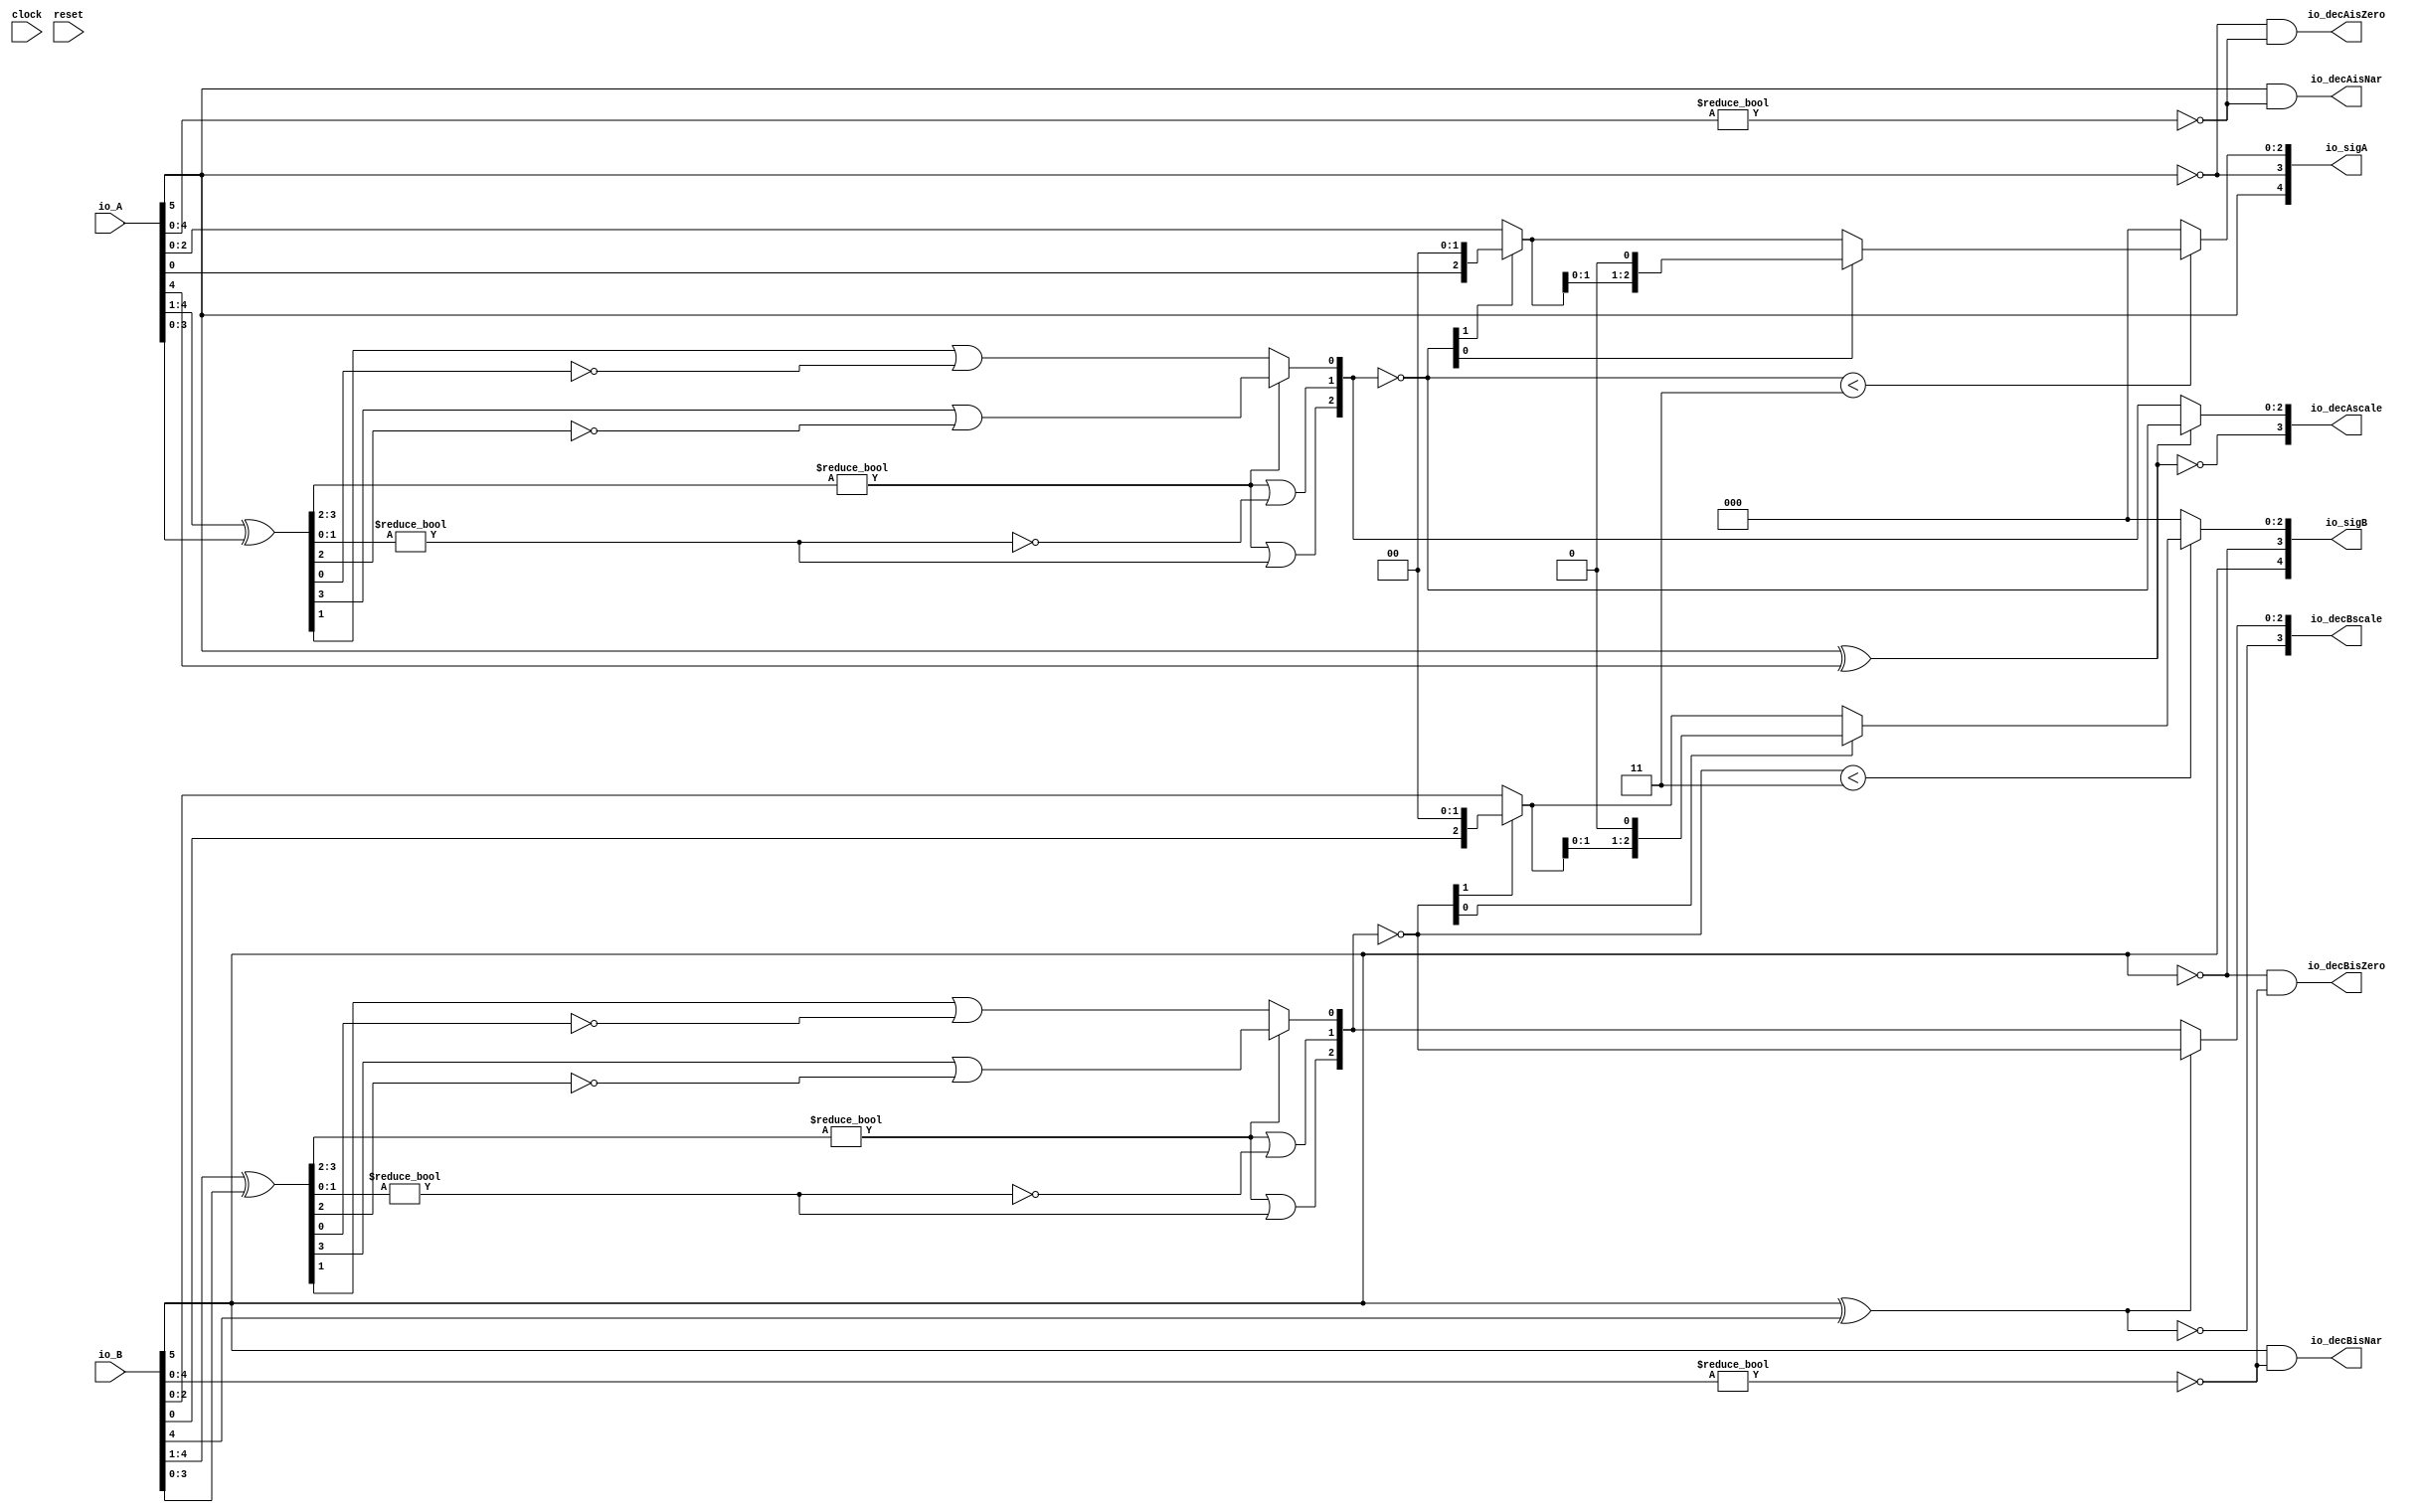
module PositMulDec6_0(
  input        clock,
  input        reset,
  input  [5:0] io_A,
  input  [5:0] io_B,
  output [4:0] io_sigA,
  output [4:0] io_sigB,
  output [3:0] io_decAscale,
  output [3:0] io_decBscale,
  output       io_decAisNar,
  output       io_decBisNar,
  output       io_decAisZero,
  output       io_decBisZero
);
  wire  _T_1; // @[convert.scala 18:24]
  wire  _T_2; // @[convert.scala 18:40]
  wire  _T_3; // @[convert.scala 18:36]
  wire [3:0] _T_4; // @[convert.scala 19:24]
  wire [3:0] _T_5; // @[convert.scala 19:43]
  wire [3:0] _T_6; // @[convert.scala 19:39]
  wire [1:0] _T_7; // @[LZD.scala 43:32]
  wire  _T_8; // @[LZD.scala 39:14]
  wire  _T_9; // @[LZD.scala 39:21]
  wire  _T_10; // @[LZD.scala 39:30]
  wire  _T_11; // @[LZD.scala 39:27]
  wire  _T_12; // @[LZD.scala 39:25]
  wire [1:0] _T_13; // @[Cat.scala 29:58]
  wire [1:0] _T_14; // @[LZD.scala 44:32]
  wire  _T_15; // @[LZD.scala 39:14]
  wire  _T_16; // @[LZD.scala 39:21]
  wire  _T_17; // @[LZD.scala 39:30]
  wire  _T_18; // @[LZD.scala 39:27]
  wire  _T_19; // @[LZD.scala 39:25]
  wire [1:0] _T_20; // @[Cat.scala 29:58]
  wire  _T_21; // @[Shift.scala 12:21]
  wire  _T_22; // @[Shift.scala 12:21]
  wire  _T_23; // @[LZD.scala 49:16]
  wire  _T_24; // @[LZD.scala 49:27]
  wire  _T_25; // @[LZD.scala 49:25]
  wire  _T_26; // @[LZD.scala 49:47]
  wire  _T_27; // @[LZD.scala 49:59]
  wire  _T_28; // @[LZD.scala 49:35]
  wire [2:0] _T_30; // @[Cat.scala 29:58]
  wire [2:0] _T_31; // @[convert.scala 21:22]
  wire [2:0] _T_32; // @[convert.scala 22:36]
  wire  _T_33; // @[Shift.scala 16:24]
  wire [1:0] _T_34; // @[Shift.scala 17:37]
  wire  _T_35; // @[Shift.scala 12:21]
  wire  _T_36; // @[Shift.scala 64:52]
  wire [2:0] _T_38; // @[Cat.scala 29:58]
  wire [2:0] _T_39; // @[Shift.scala 64:27]
  wire  _T_40; // @[Shift.scala 66:70]
  wire [1:0] _T_42; // @[Shift.scala 64:52]
  wire [2:0] _T_43; // @[Cat.scala 29:58]
  wire [2:0] _T_44; // @[Shift.scala 64:27]
  wire [2:0] decA_fraction; // @[Shift.scala 16:10]
  wire  _T_48; // @[convert.scala 25:26]
  wire [2:0] _T_50; // @[convert.scala 25:42]
  wire [3:0] _T_51; // @[Cat.scala 29:58]
  wire [4:0] _T_53; // @[convert.scala 29:56]
  wire  _T_54; // @[convert.scala 29:60]
  wire  _T_55; // @[convert.scala 29:41]
  wire  _T_58; // @[convert.scala 30:19]
  wire  _T_67; // @[convert.scala 18:24]
  wire  _T_68; // @[convert.scala 18:40]
  wire  _T_69; // @[convert.scala 18:36]
  wire [3:0] _T_70; // @[convert.scala 19:24]
  wire [3:0] _T_71; // @[convert.scala 19:43]
  wire [3:0] _T_72; // @[convert.scala 19:39]
  wire [1:0] _T_73; // @[LZD.scala 43:32]
  wire  _T_74; // @[LZD.scala 39:14]
  wire  _T_75; // @[LZD.scala 39:21]
  wire  _T_76; // @[LZD.scala 39:30]
  wire  _T_77; // @[LZD.scala 39:27]
  wire  _T_78; // @[LZD.scala 39:25]
  wire [1:0] _T_79; // @[Cat.scala 29:58]
  wire [1:0] _T_80; // @[LZD.scala 44:32]
  wire  _T_81; // @[LZD.scala 39:14]
  wire  _T_82; // @[LZD.scala 39:21]
  wire  _T_83; // @[LZD.scala 39:30]
  wire  _T_84; // @[LZD.scala 39:27]
  wire  _T_85; // @[LZD.scala 39:25]
  wire [1:0] _T_86; // @[Cat.scala 29:58]
  wire  _T_87; // @[Shift.scala 12:21]
  wire  _T_88; // @[Shift.scala 12:21]
  wire  _T_89; // @[LZD.scala 49:16]
  wire  _T_90; // @[LZD.scala 49:27]
  wire  _T_91; // @[LZD.scala 49:25]
  wire  _T_92; // @[LZD.scala 49:47]
  wire  _T_93; // @[LZD.scala 49:59]
  wire  _T_94; // @[LZD.scala 49:35]
  wire [2:0] _T_96; // @[Cat.scala 29:58]
  wire [2:0] _T_97; // @[convert.scala 21:22]
  wire [2:0] _T_98; // @[convert.scala 22:36]
  wire  _T_99; // @[Shift.scala 16:24]
  wire [1:0] _T_100; // @[Shift.scala 17:37]
  wire  _T_101; // @[Shift.scala 12:21]
  wire  _T_102; // @[Shift.scala 64:52]
  wire [2:0] _T_104; // @[Cat.scala 29:58]
  wire [2:0] _T_105; // @[Shift.scala 64:27]
  wire  _T_106; // @[Shift.scala 66:70]
  wire [1:0] _T_108; // @[Shift.scala 64:52]
  wire [2:0] _T_109; // @[Cat.scala 29:58]
  wire [2:0] _T_110; // @[Shift.scala 64:27]
  wire [2:0] decB_fraction; // @[Shift.scala 16:10]
  wire  _T_114; // @[convert.scala 25:26]
  wire [2:0] _T_116; // @[convert.scala 25:42]
  wire [3:0] _T_117; // @[Cat.scala 29:58]
  wire [4:0] _T_119; // @[convert.scala 29:56]
  wire  _T_120; // @[convert.scala 29:60]
  wire  _T_121; // @[convert.scala 29:41]
  wire  _T_124; // @[convert.scala 30:19]
  wire  _T_132; // @[PositMulDec.scala 31:34]
  wire [4:0] _T_134; // @[Cat.scala 29:58]
  wire  _T_136; // @[PositMulDec.scala 32:34]
  wire [4:0] _T_138; // @[Cat.scala 29:58]
  assign _T_1 = io_A[5]; // @[convert.scala 18:24]
  assign _T_2 = io_A[4]; // @[convert.scala 18:40]
  assign _T_3 = _T_1 ^ _T_2; // @[convert.scala 18:36]
  assign _T_4 = io_A[4:1]; // @[convert.scala 19:24]
  assign _T_5 = io_A[3:0]; // @[convert.scala 19:43]
  assign _T_6 = _T_4 ^ _T_5; // @[convert.scala 19:39]
  assign _T_7 = _T_6[3:2]; // @[LZD.scala 43:32]
  assign _T_8 = _T_7 != 2'h0; // @[LZD.scala 39:14]
  assign _T_9 = _T_7[1]; // @[LZD.scala 39:21]
  assign _T_10 = _T_7[0]; // @[LZD.scala 39:30]
  assign _T_11 = ~ _T_10; // @[LZD.scala 39:27]
  assign _T_12 = _T_9 | _T_11; // @[LZD.scala 39:25]
  assign _T_13 = {_T_8,_T_12}; // @[Cat.scala 29:58]
  assign _T_14 = _T_6[1:0]; // @[LZD.scala 44:32]
  assign _T_15 = _T_14 != 2'h0; // @[LZD.scala 39:14]
  assign _T_16 = _T_14[1]; // @[LZD.scala 39:21]
  assign _T_17 = _T_14[0]; // @[LZD.scala 39:30]
  assign _T_18 = ~ _T_17; // @[LZD.scala 39:27]
  assign _T_19 = _T_16 | _T_18; // @[LZD.scala 39:25]
  assign _T_20 = {_T_15,_T_19}; // @[Cat.scala 29:58]
  assign _T_21 = _T_13[1]; // @[Shift.scala 12:21]
  assign _T_22 = _T_20[1]; // @[Shift.scala 12:21]
  assign _T_23 = _T_21 | _T_22; // @[LZD.scala 49:16]
  assign _T_24 = ~ _T_22; // @[LZD.scala 49:27]
  assign _T_25 = _T_21 | _T_24; // @[LZD.scala 49:25]
  assign _T_26 = _T_13[0:0]; // @[LZD.scala 49:47]
  assign _T_27 = _T_20[0:0]; // @[LZD.scala 49:59]
  assign _T_28 = _T_21 ? _T_26 : _T_27; // @[LZD.scala 49:35]
  assign _T_30 = {_T_23,_T_25,_T_28}; // @[Cat.scala 29:58]
  assign _T_31 = ~ _T_30; // @[convert.scala 21:22]
  assign _T_32 = io_A[2:0]; // @[convert.scala 22:36]
  assign _T_33 = _T_31 < 3'h3; // @[Shift.scala 16:24]
  assign _T_34 = _T_31[1:0]; // @[Shift.scala 17:37]
  assign _T_35 = _T_34[1]; // @[Shift.scala 12:21]
  assign _T_36 = _T_32[0:0]; // @[Shift.scala 64:52]
  assign _T_38 = {_T_36,2'h0}; // @[Cat.scala 29:58]
  assign _T_39 = _T_35 ? _T_38 : _T_32; // @[Shift.scala 64:27]
  assign _T_40 = _T_34[0:0]; // @[Shift.scala 66:70]
  assign _T_42 = _T_39[1:0]; // @[Shift.scala 64:52]
  assign _T_43 = {_T_42,1'h0}; // @[Cat.scala 29:58]
  assign _T_44 = _T_40 ? _T_43 : _T_39; // @[Shift.scala 64:27]
  assign decA_fraction = _T_33 ? _T_44 : 3'h0; // @[Shift.scala 16:10]
  assign _T_48 = _T_3 == 1'h0; // @[convert.scala 25:26]
  assign _T_50 = _T_3 ? _T_31 : _T_30; // @[convert.scala 25:42]
  assign _T_51 = {_T_48,_T_50}; // @[Cat.scala 29:58]
  assign _T_53 = io_A[4:0]; // @[convert.scala 29:56]
  assign _T_54 = _T_53 != 5'h0; // @[convert.scala 29:60]
  assign _T_55 = ~ _T_54; // @[convert.scala 29:41]
  assign _T_58 = _T_1 == 1'h0; // @[convert.scala 30:19]
  assign _T_67 = io_B[5]; // @[convert.scala 18:24]
  assign _T_68 = io_B[4]; // @[convert.scala 18:40]
  assign _T_69 = _T_67 ^ _T_68; // @[convert.scala 18:36]
  assign _T_70 = io_B[4:1]; // @[convert.scala 19:24]
  assign _T_71 = io_B[3:0]; // @[convert.scala 19:43]
  assign _T_72 = _T_70 ^ _T_71; // @[convert.scala 19:39]
  assign _T_73 = _T_72[3:2]; // @[LZD.scala 43:32]
  assign _T_74 = _T_73 != 2'h0; // @[LZD.scala 39:14]
  assign _T_75 = _T_73[1]; // @[LZD.scala 39:21]
  assign _T_76 = _T_73[0]; // @[LZD.scala 39:30]
  assign _T_77 = ~ _T_76; // @[LZD.scala 39:27]
  assign _T_78 = _T_75 | _T_77; // @[LZD.scala 39:25]
  assign _T_79 = {_T_74,_T_78}; // @[Cat.scala 29:58]
  assign _T_80 = _T_72[1:0]; // @[LZD.scala 44:32]
  assign _T_81 = _T_80 != 2'h0; // @[LZD.scala 39:14]
  assign _T_82 = _T_80[1]; // @[LZD.scala 39:21]
  assign _T_83 = _T_80[0]; // @[LZD.scala 39:30]
  assign _T_84 = ~ _T_83; // @[LZD.scala 39:27]
  assign _T_85 = _T_82 | _T_84; // @[LZD.scala 39:25]
  assign _T_86 = {_T_81,_T_85}; // @[Cat.scala 29:58]
  assign _T_87 = _T_79[1]; // @[Shift.scala 12:21]
  assign _T_88 = _T_86[1]; // @[Shift.scala 12:21]
  assign _T_89 = _T_87 | _T_88; // @[LZD.scala 49:16]
  assign _T_90 = ~ _T_88; // @[LZD.scala 49:27]
  assign _T_91 = _T_87 | _T_90; // @[LZD.scala 49:25]
  assign _T_92 = _T_79[0:0]; // @[LZD.scala 49:47]
  assign _T_93 = _T_86[0:0]; // @[LZD.scala 49:59]
  assign _T_94 = _T_87 ? _T_92 : _T_93; // @[LZD.scala 49:35]
  assign _T_96 = {_T_89,_T_91,_T_94}; // @[Cat.scala 29:58]
  assign _T_97 = ~ _T_96; // @[convert.scala 21:22]
  assign _T_98 = io_B[2:0]; // @[convert.scala 22:36]
  assign _T_99 = _T_97 < 3'h3; // @[Shift.scala 16:24]
  assign _T_100 = _T_97[1:0]; // @[Shift.scala 17:37]
  assign _T_101 = _T_100[1]; // @[Shift.scala 12:21]
  assign _T_102 = _T_98[0:0]; // @[Shift.scala 64:52]
  assign _T_104 = {_T_102,2'h0}; // @[Cat.scala 29:58]
  assign _T_105 = _T_101 ? _T_104 : _T_98; // @[Shift.scala 64:27]
  assign _T_106 = _T_100[0:0]; // @[Shift.scala 66:70]
  assign _T_108 = _T_105[1:0]; // @[Shift.scala 64:52]
  assign _T_109 = {_T_108,1'h0}; // @[Cat.scala 29:58]
  assign _T_110 = _T_106 ? _T_109 : _T_105; // @[Shift.scala 64:27]
  assign decB_fraction = _T_99 ? _T_110 : 3'h0; // @[Shift.scala 16:10]
  assign _T_114 = _T_69 == 1'h0; // @[convert.scala 25:26]
  assign _T_116 = _T_69 ? _T_97 : _T_96; // @[convert.scala 25:42]
  assign _T_117 = {_T_114,_T_116}; // @[Cat.scala 29:58]
  assign _T_119 = io_B[4:0]; // @[convert.scala 29:56]
  assign _T_120 = _T_119 != 5'h0; // @[convert.scala 29:60]
  assign _T_121 = ~ _T_120; // @[convert.scala 29:41]
  assign _T_124 = _T_67 == 1'h0; // @[convert.scala 30:19]
  assign _T_132 = ~ _T_1; // @[PositMulDec.scala 31:34]
  assign _T_134 = {_T_1,_T_132,decA_fraction}; // @[Cat.scala 29:58]
  assign _T_136 = ~ _T_67; // @[PositMulDec.scala 32:34]
  assign _T_138 = {_T_67,_T_136,decB_fraction}; // @[Cat.scala 29:58]
  assign io_sigA = $signed(_T_134); // @[PositMulDec.scala 31:16]
  assign io_sigB = $signed(_T_138); // @[PositMulDec.scala 32:16]
  assign io_decAscale = $signed(_T_51); // @[PositMulDec.scala 33:16]
  assign io_decBscale = $signed(_T_117); // @[PositMulDec.scala 34:16]
  assign io_decAisNar = _T_1 & _T_55; // @[PositMulDec.scala 35:16]
  assign io_decBisNar = _T_67 & _T_121; // @[PositMulDec.scala 36:16]
  assign io_decAisZero = _T_58 & _T_55; // @[PositMulDec.scala 37:17]
  assign io_decBisZero = _T_124 & _T_121; // @[PositMulDec.scala 38:17]
endmodule